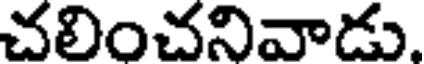
చలించనివాడు.